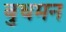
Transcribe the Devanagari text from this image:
बुधमन